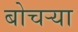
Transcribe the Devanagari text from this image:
बोचर्‍या